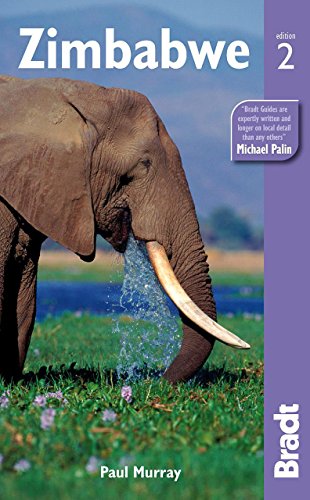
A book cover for Zimbabwe (Bradt Travel Guide); Paul Murray; Travel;